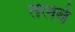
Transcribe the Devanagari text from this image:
तलबे